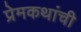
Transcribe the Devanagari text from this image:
प्रेमकथांची